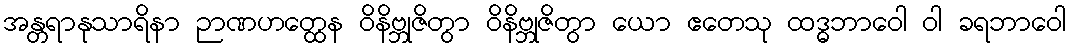
အန္တရာနုသာရိနာ ဉာဏဟတ္ထေန ဝိနိဗ္ဘုဇိတွာ ဝိနိဗ္ဘုဇိတွာ ယော ဧတေသု ထဒ္ဓဘာဝေါ ဝါ ခရဘာဝေါ